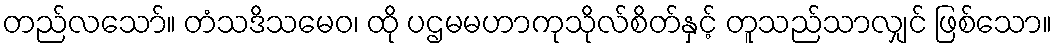
တည်လသော်။ တံသဒိသမေဝ၊ ထို ပဌမမဟာကုသိုလ်စိတ်နှင့် တူသည်သာလျှင် ဖြစ်သော။